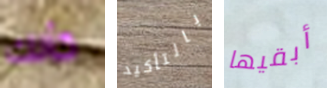
كأنك بالتأكيد أبقيها